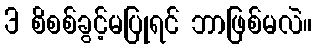
3 စိစစ်ခွင့်မပြုရင် ဘာဖြစ်မလဲ။